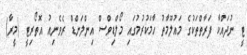
ޓީ ނުދައްކާ ފަރާތްތަކުގެ މައުލޫމާތު ހާމަކުރުމުގައި މޯލްޑިވްސް އިންލަންޑް ރެވެނިއު އޮތޯރިޓީ (މީރާ)